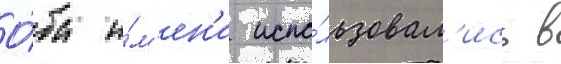
О́ба и́м'ен'и испо́льзовал'ись в